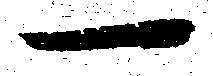
一